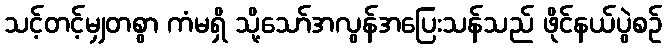
သင့်တင့်မျှတစွာ ကံမရှိ သို့သော်အလွန်အပြေးသန်သည် ဖိုင်နယ်ပွဲစဉ်